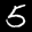
Label: 5